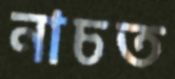
নাচত